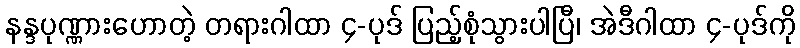
နန္ဒပုဏ္ဏားဟောတဲ့ တရားဂါထာ ၄-ပုဒ် ပြည့်စုံသွားပါပြီ၊ အဲဒီဂါထာ ၄-ပုဒ်ကို